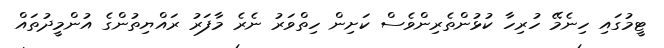
ޓީމުގައި ހިނެމޭ ހުރިހާ ކުޅުންތެރިންވެސް ކަށިން ހިތްވަރު ނެރެ މާފަރު ރައްޔިތުންގެ އުންމީދުތައް